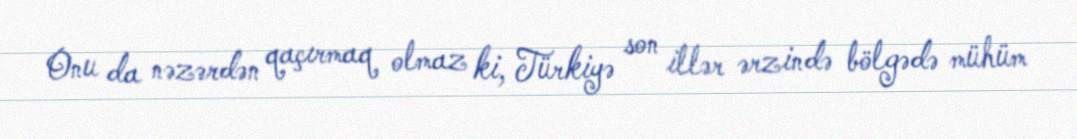
Onu da nəzərdən qaçırmaq olmaz ki, Türkiyə son illər ərzində bölgədə mühüm